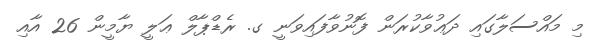
މި މައްސަލާގައި ދަޢުވާކުރަން ފޮނުވާފައިވަނީ ގ. ރެޑްޕާލް ޢަލީ ޔާމީން 26 އާއި